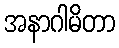
အနာဂါမိတာ